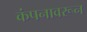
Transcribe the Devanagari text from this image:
कंपनावरून